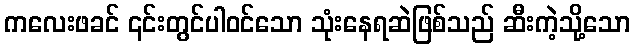
ကလေးဖခင် ၎င်းတွင်ပါဝင်သော သုံးနေရဆဲဖြစ်သည် ဆီးကဲ့သို့သော